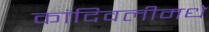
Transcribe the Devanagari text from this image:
कांदिवलीमधे